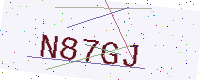
Text: N87GJ